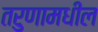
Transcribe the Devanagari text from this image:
तरुणामधील